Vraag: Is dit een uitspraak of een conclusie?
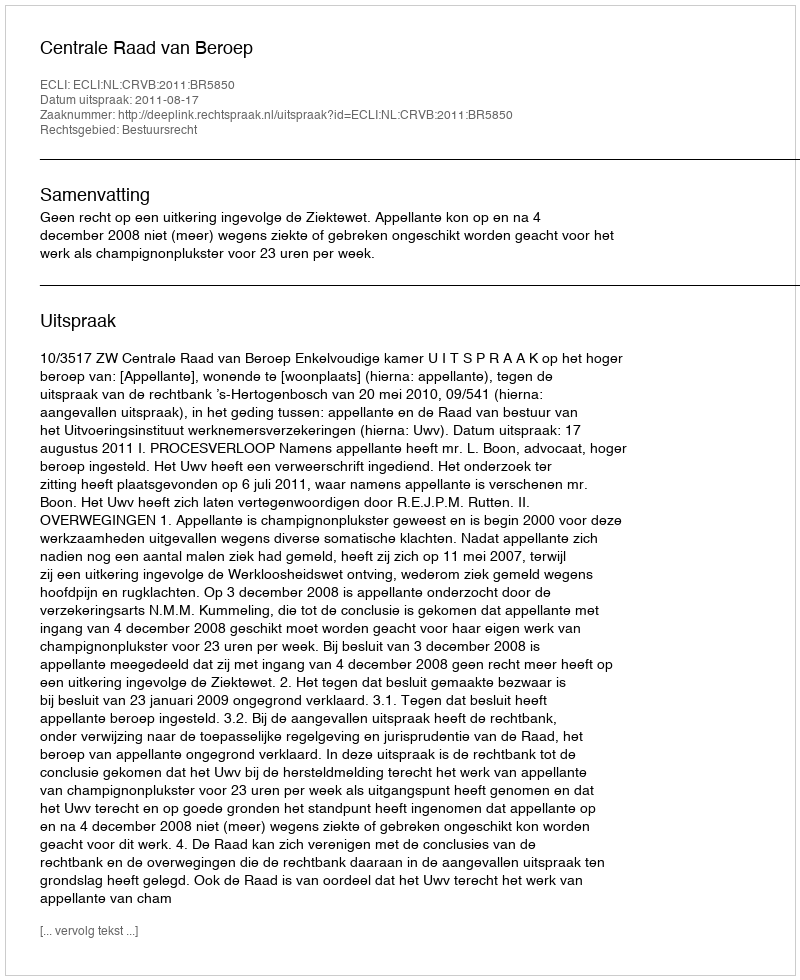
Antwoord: Uitspraak